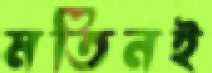
মতিনই